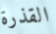
القذرة